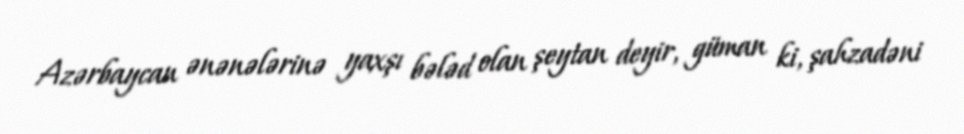
Azərbaycan ənənələrinə yaxşı bələd olan şeytan deyir, güman ki, şahzadəni